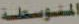
المتوسطة